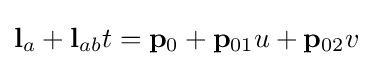
\mathbf {l} _{a}+\mathbf {l} _{ab}t=\mathbf {p} _{0}+\mathbf {p} _{01}u+\mathbf {p} _{02}v